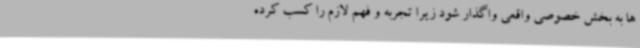
ها به بخش خصوصی واقعی واگذار شود زیرا تجربه و فهم لازم را کسب کرده